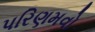
પરિણમવો